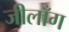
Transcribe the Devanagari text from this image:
जीलाँग